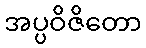
အပ္ပဝိဇိတော